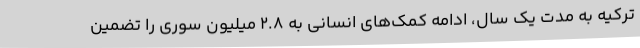
ترکیه به مدت یک سال، ادامه کمک‌های انسانی به 2.8 میلیون سوری را تضمین